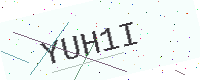
Text: YUH1I